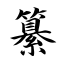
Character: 纂